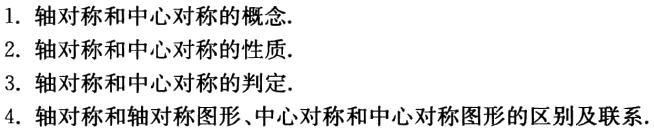
1. 轴对称和中心对称的概念.

2. 轴对称和中心对称的性质.

3. 轴对称和中心对称的判定.

4. 轴对称和轴对称图形、中心对称和中心对称图形的区别及联系.